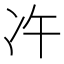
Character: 𠖴